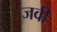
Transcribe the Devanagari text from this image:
जवी